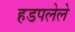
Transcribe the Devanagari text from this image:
हडपलेले